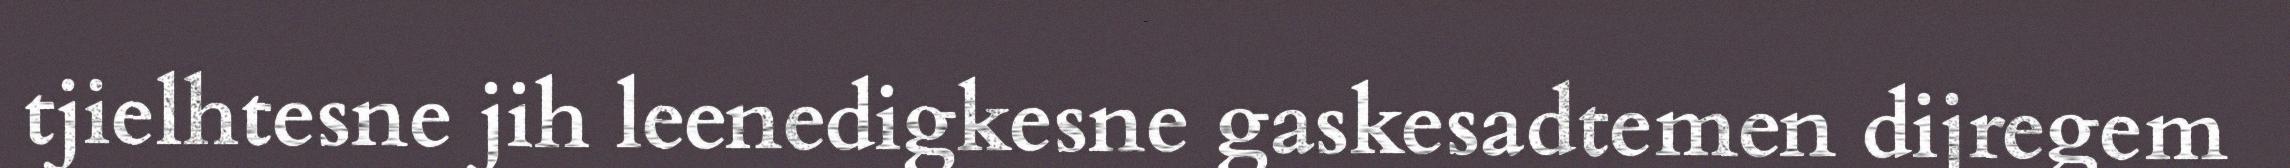
tjielhtesne jih leenedigkesne gaskesadtemen dijregem